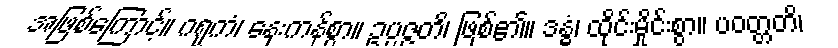
အဖြစ်ကြောင့်။ ဂရုကံ၊ နှေးကန်စွာ။ ဥပ္ပဇ္ဇတိ၊ ဖြစ်၏။ ဒန္ဓံ၊ ထိုင်းမှိုင်းစွာ။ ပဝတ္တတိ၊